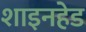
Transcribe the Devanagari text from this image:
शाइनहेड